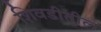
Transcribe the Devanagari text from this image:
शिवडीतील